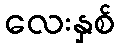
လေးနှစ်